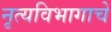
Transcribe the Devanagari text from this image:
नृत्यविभागाचे